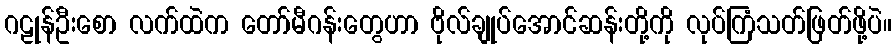
ဂဠုန်ဦးစော လက်ထဲက တော်မီဂန်းတွေဟာ ဗိုလ်ချုပ်အောင်ဆန်းတို့ကို လုပ်ကြံသတ်ဖြတ်ဖို့ပဲ။